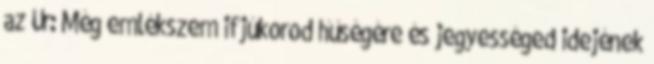
az Úr: Még emlékszem ifjúkorod hűségére és jegyességed idejének